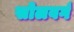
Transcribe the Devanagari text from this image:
सोलवर्ग